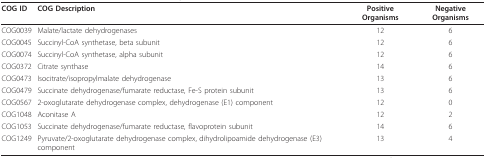
| COG ID | COG Description | Positive Organisms | Negative Organisms |
 | --- | --- | --- | --- |
 | COG0039 | Malate/lactate dehydrogenases | 12 | 6 |
 | COG0045 | Succinyl-CoA synthetase, beta subunit | 12 | 6 |
 | COG0074 | Succinyl-CoA synthetase, alpha subunit | 12 | 6 |
 | COG0372 | Citrate synthase | 14 | 6 |
 | COG0473 | Isocitrate/isopropylmalate dehydrogenase | 13 | 6 |
 | COG0479 | Succinate dehydrogenase/fumarate reductase, Fe-S protein subunit | 13 | 6 |
 | COG0567 | 2-oxoglutarate dehydrogenase complex, dehydrogenase (E1) component | 12 | 0 |
 | COG1048 | Aconitase A | 12 | 2 |
 | COG1053 | Succinate dehydrogenase/fumarate reductase, flavoprotein subunit | 14 | 6 |
 | COG1249 | Pyruvate/2-oxoglutarate dehydrogenase complex, dihydrolipoamide dehydrogenase (E3) component | 13 | 4 |